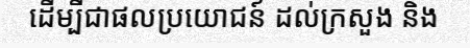
ដើម្បីជាផលប្រយោជន៍ ដល់ក្រសួង និង